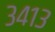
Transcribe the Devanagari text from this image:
३४१३